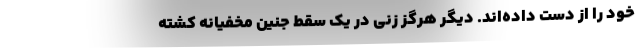
خود را از دست داده‌اند. دیگر هرگز زنی در یک سقط جنین مخفیانه کشته